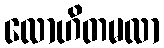
လောဟိတမလာ